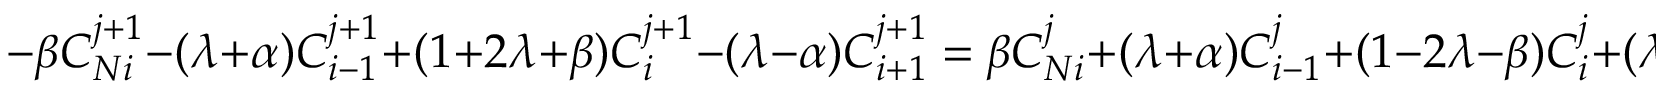
- \beta C _ { N i } ^ { j + 1 } - ( \lambda + \alpha ) C _ { i - 1 } ^ { j + 1 } + ( 1 + 2 \lambda + \beta ) C _ { i } ^ { j + 1 } - ( \lambda - \alpha ) C _ { i + 1 } ^ { j + 1 } = \beta C _ { N i } ^ { j } + ( \lambda + \alpha ) C _ { i - 1 } ^ { j } + ( 1 - 2 \lambda - \beta ) C _ { i } ^ { j } + ( \lambda - \alpha ) C _ { i + 1 } ^ { j } .